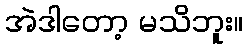
အဲဒါတော့ မသိဘူး။